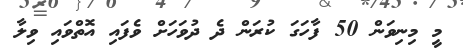
މީ މިނިވަން 50 ފާހަގަ ކުރަން ދެ ދުވަހަށް ވެފައި އޮތްވައި ވިލާ